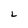
Character: L